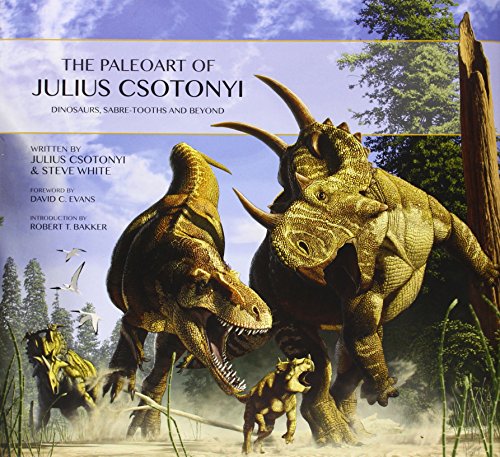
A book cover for The Paleoart of Julius Csotonyi; Julius Csotonyi; Science & Math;